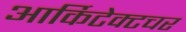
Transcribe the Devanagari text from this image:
आर्किटेक्टचर